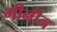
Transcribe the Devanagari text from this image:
गीनीज